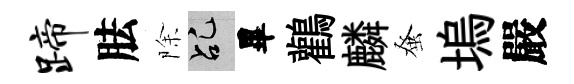
蹄胠除乩畢鸛麟𫊫塢嚴